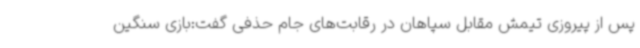
پس از پیروزی تیمش مقابل سپاهان در رقابت‌های جام حذفی گفت:بازی سنگین